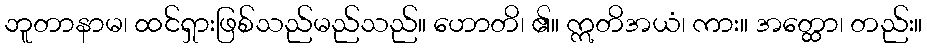
ဘူတာနာမ၊ ထင်ရှားဖြစ်သည်မည်သည်။ ဟောတိ၊ ၏။ ဣတိအယံ၊ ကား။ အတ္ထော၊ တည်း။